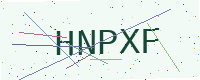
Text: HNPXF